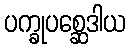
ပက္ခုပစ္ဆေဒါယ